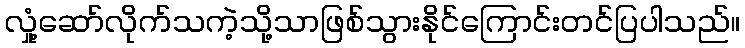
လှုံ့ဆော်လိုက်သကဲ့သို့သာဖြစ်သွားနိုင်ကြောင်းတင်ပြပါသည်။